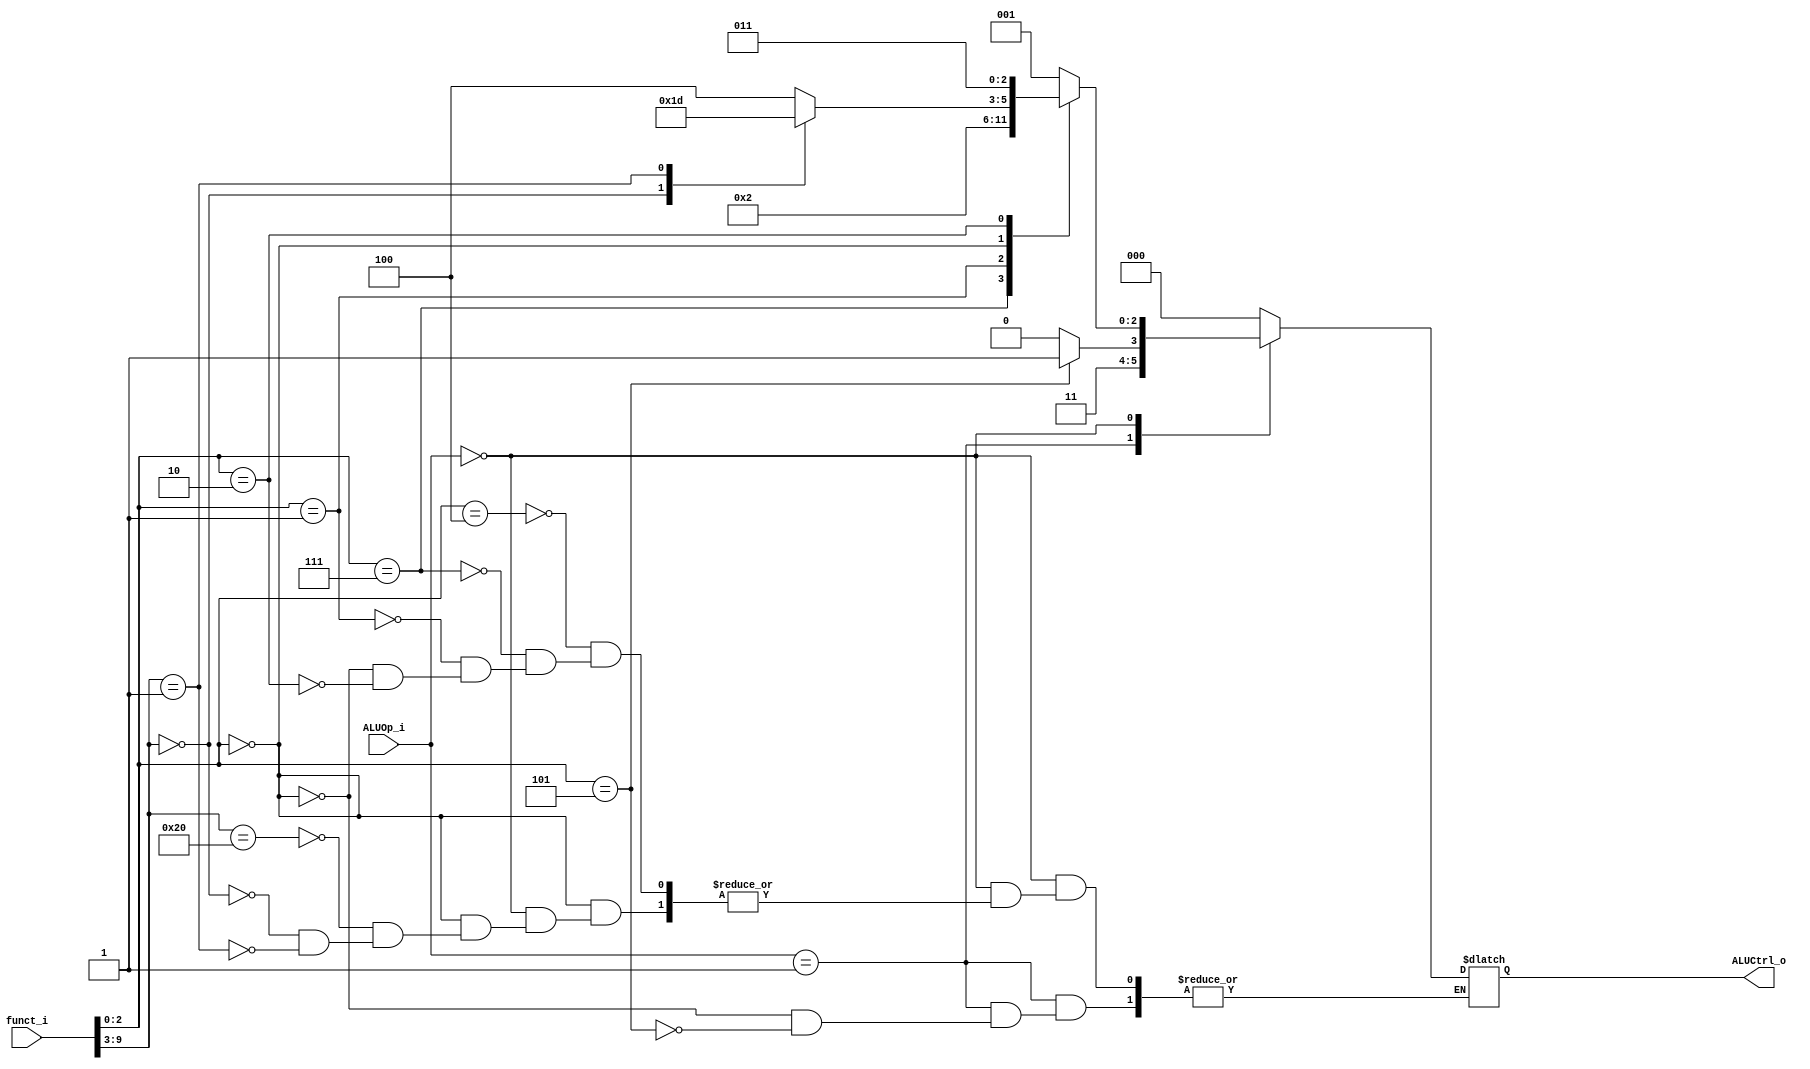
module ALU_Control
(
    funct_i,
    ALUOp_i,
    ALUCtrl_o
);

input   [9:0]   funct_i;
input   [1:0]   ALUOp_i;
output  [2:0]   ALUCtrl_o;

wire [2:0]  funct3;
wire [6:0]  funct7;

reg [2:0] ALUCtrl_reg;

assign funct3       = funct_i[2:0];
assign funct7       = funct_i[9:3];
assign ALUCtrl_o    = ALUCtrl_reg;

always@(*) begin
    case (ALUOp_i)
        2'b01: begin // addi srai
            case (funct3)
                3'b000: ALUCtrl_reg = 3'b110; // addi
                3'b101: ALUCtrl_reg = 3'b111; // srai
            endcase
        end
        2'b00: begin // and xor sll add sub mul
            case (funct3)
                3'b100: ALUCtrl_reg = 3'b001; // xor
                3'b111: ALUCtrl_reg = 3'b000; // and
                3'b001: ALUCtrl_reg = 3'b010; // sll
                3'b000: begin
                    case (funct7)
                        7'b0100000: ALUCtrl_reg = 3'b100; // sub
                        7'b0000000: ALUCtrl_reg = 3'b011; // add
                        7'b0000001: ALUCtrl_reg = 3'b101; // mul
                    endcase
                end
								3'b010: ALUCtrl_reg = 3'b011; // sw, lw
            endcase
        end
        default: ALUCtrl_reg = 3'b000;
    endcase
end
endmodule